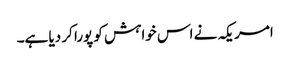
امریکہ نے اس خواہش کو پورا کر دیا ہے۔